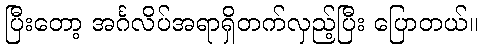
ပြီးတော့ အင်္ဂလိပ်အရာရှိတက်လှည့်ပြီး ပြောတယ်။